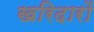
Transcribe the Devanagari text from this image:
खरिदारों